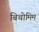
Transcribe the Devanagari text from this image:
बिचोमिम